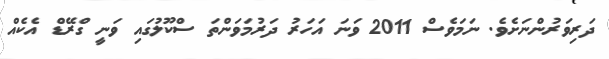
ދަރިވަރުންނަށެވެ. ނަމަވެސް 2011 ވަނަ އަހަރު ދަރުމަވަންތަ ސްކޫލުގައި ވަނީ ގްރޭޑް އެކެއް